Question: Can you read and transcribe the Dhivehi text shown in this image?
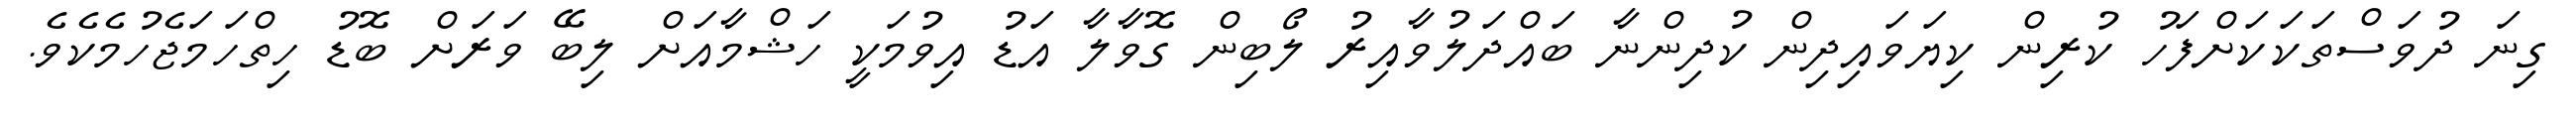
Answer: ގިނަ ދުވަސްތަކަކަށްފަހު ކުރިން ކިޔަވައިދިން ކުދިންނާ ބައްދަލުވާއިރު ލޯބިން ގޮވާލާ އަޑު އިވުމަކީ ހަޝްމާއަށް ލިބޭ ވަރަށް ބޮޑު ހިތްހަމަޖެހުމެކެވެ.